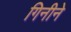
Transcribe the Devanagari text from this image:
गिनीने